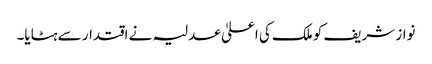
نواز شریف کو ملک کی اعلیٰ عدلیہ نے اقتدار سے ہٹایا۔